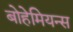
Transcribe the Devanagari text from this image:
बोहेमियन्स